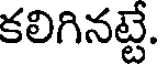
కలిగినట్టే.